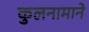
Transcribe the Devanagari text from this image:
कुलनामाने